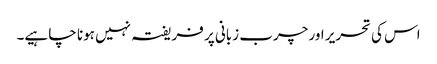
اس کی تحریر اور چرب زبانی پر فریفتہ نہیں ہونا چا ہیے۔